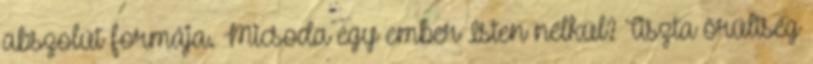
abszolút formája. Micsoda egy ember Isten nélkül? Tiszta őrültség